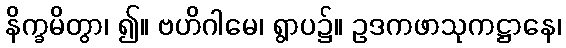
နိက္ခမိတွာ၊ ၍။ ဗဟိဂါမေ၊ ရွာပ၌။ ဥဒကဖာသုကဋ္ဌာနေ၊